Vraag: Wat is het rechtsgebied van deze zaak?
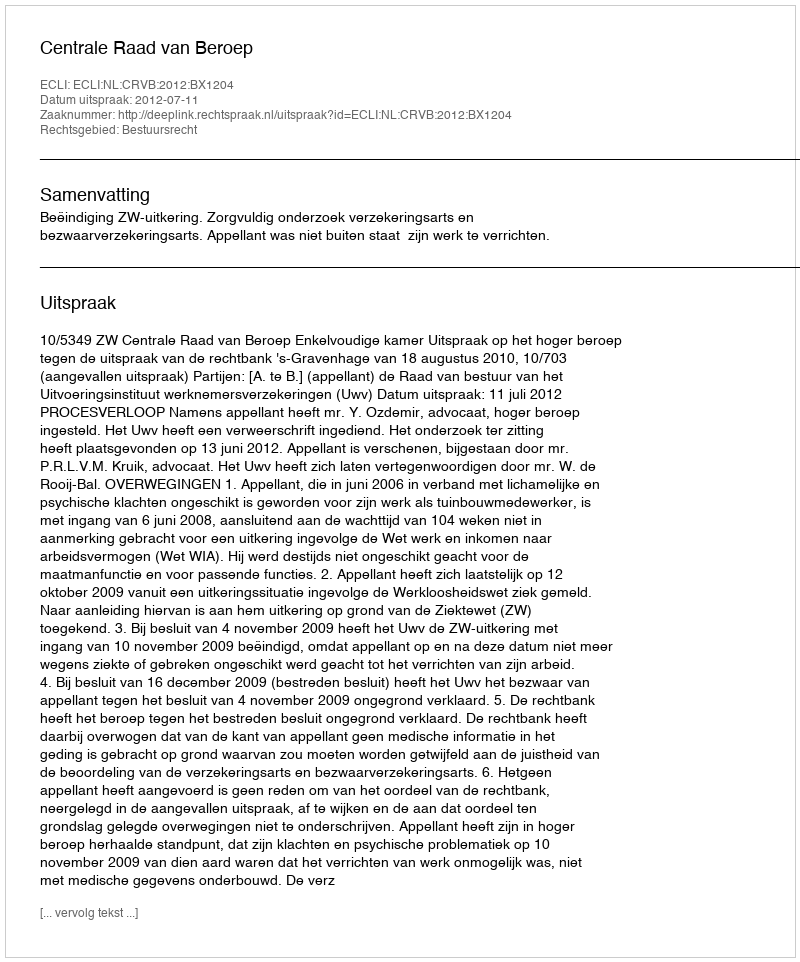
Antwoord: Bestuursrecht